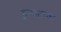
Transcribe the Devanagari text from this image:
हूबस्टांक